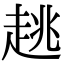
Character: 趒